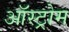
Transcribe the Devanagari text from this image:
ऑस्ट्रोम